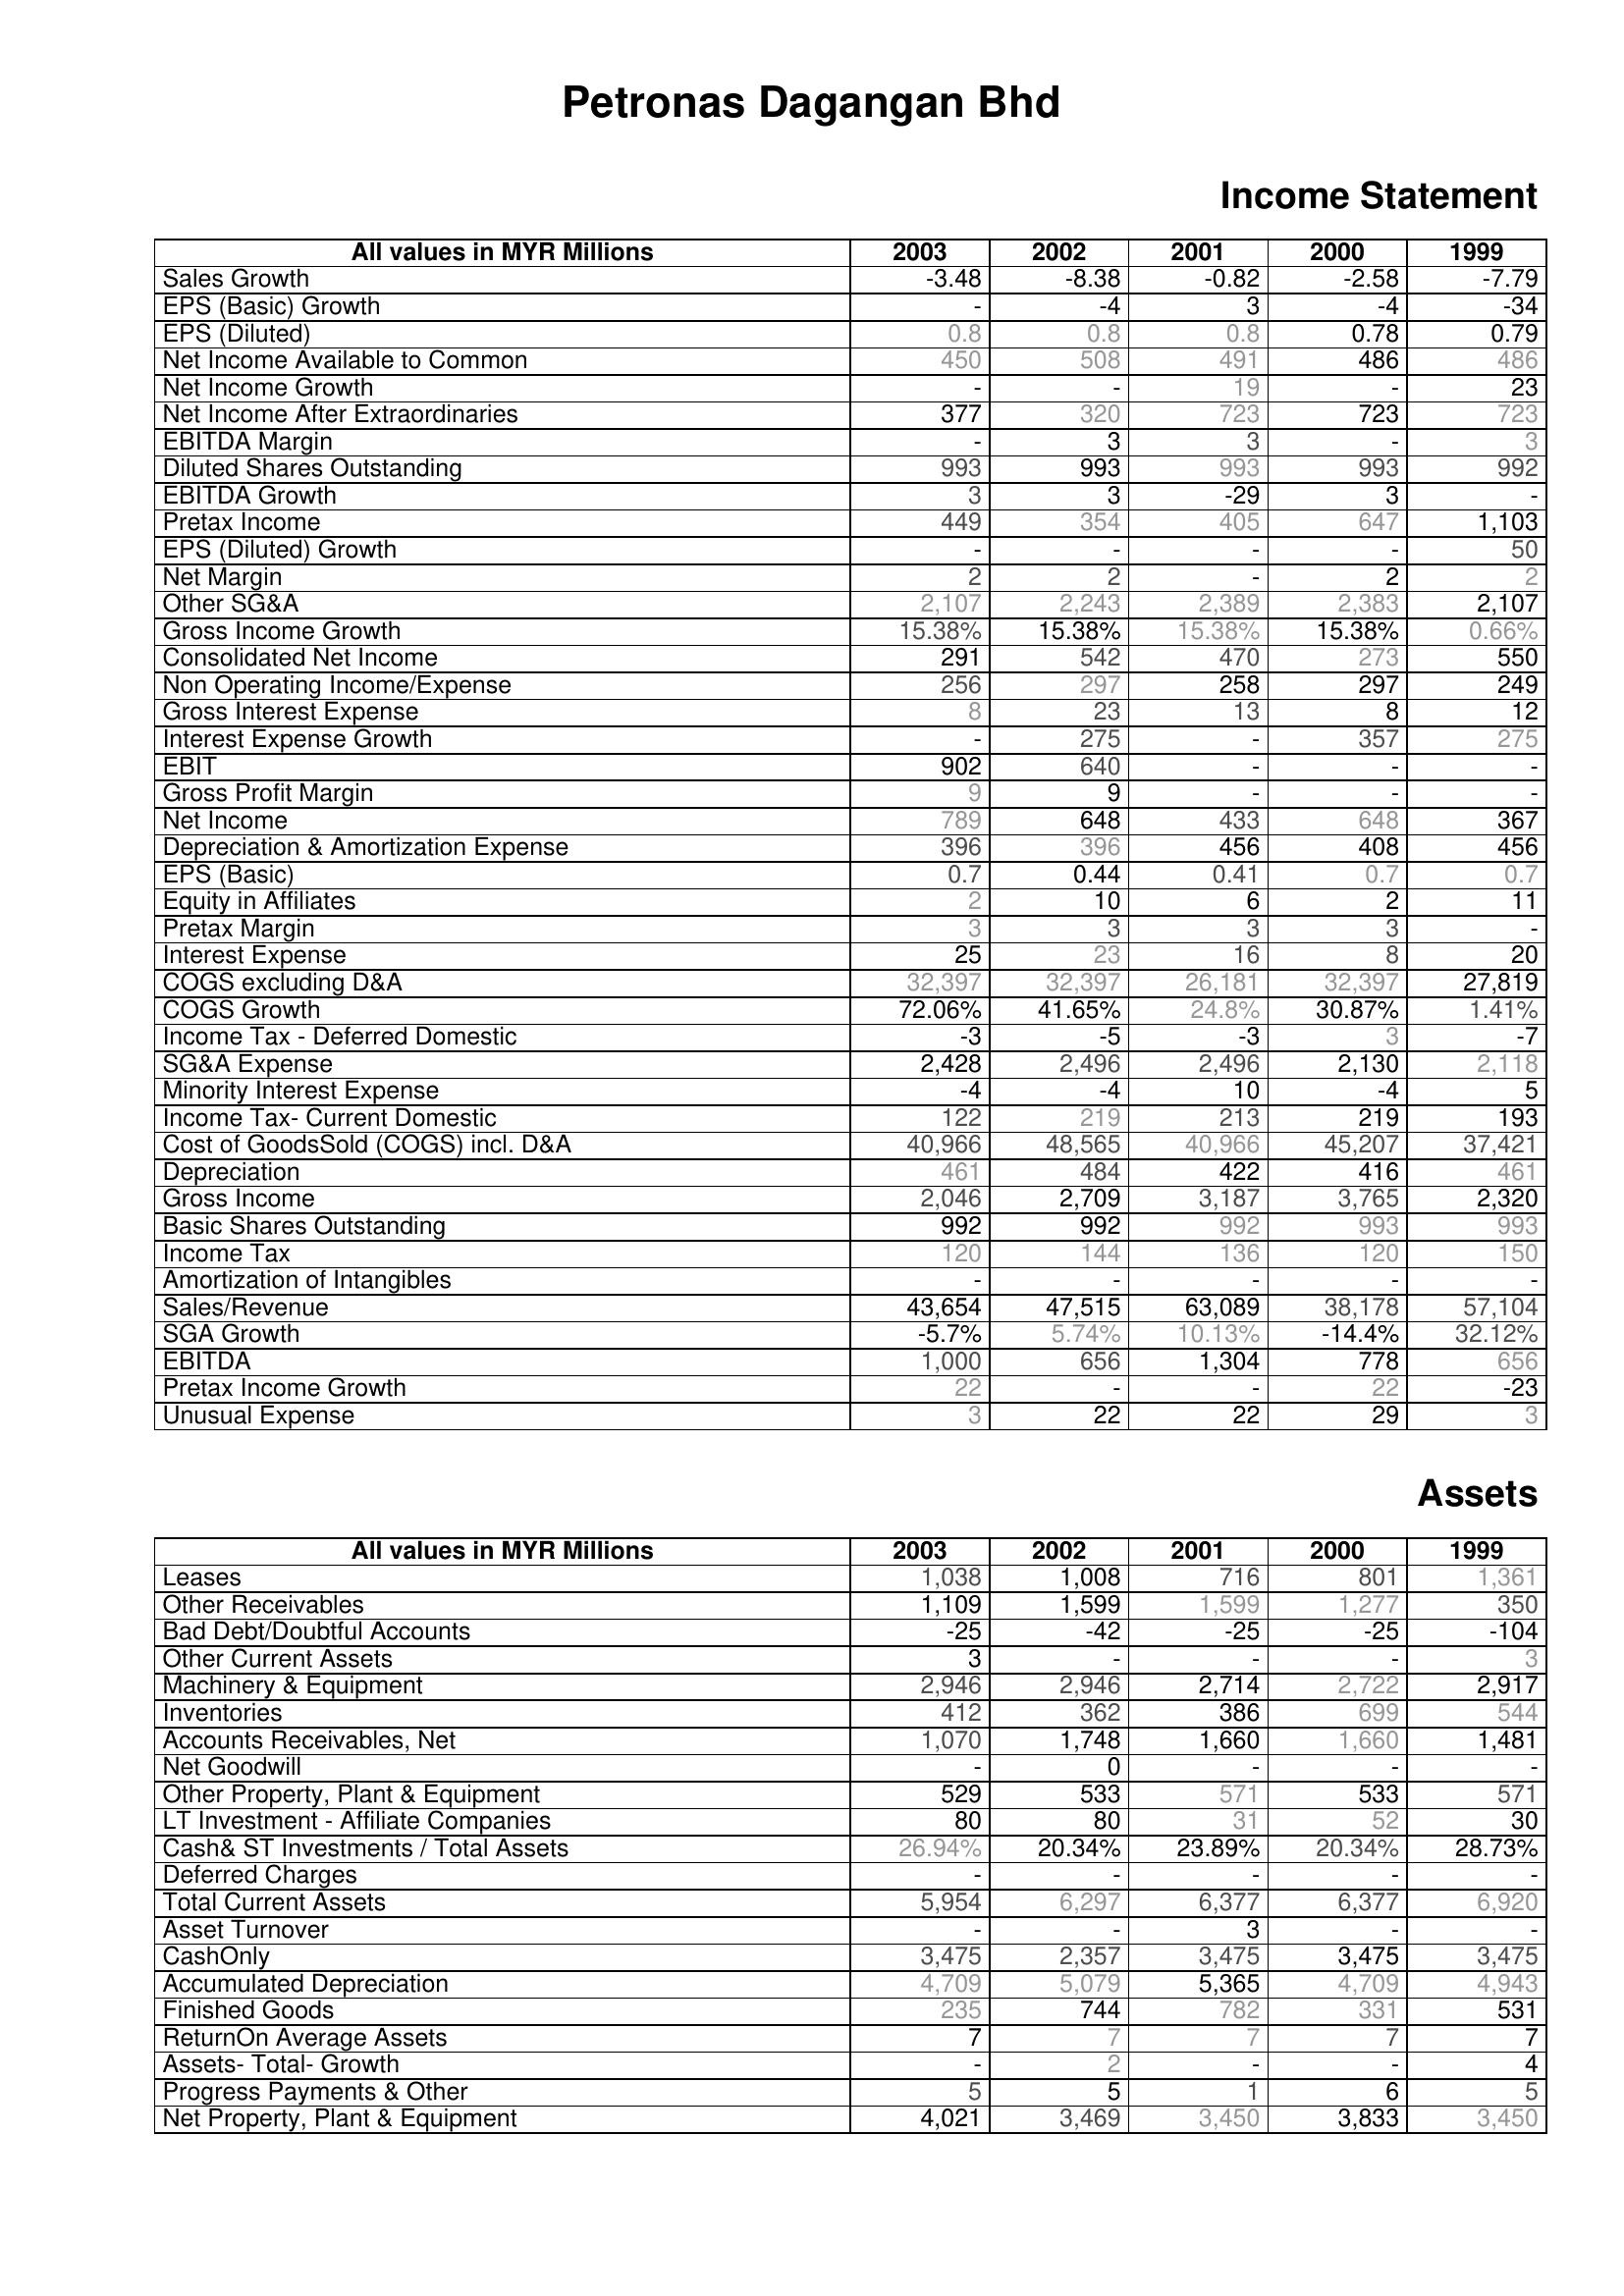
2003: Income Statement: Sales Growth: -3.48
EPS (Basic) Growth: -
EPS (Diluted): 0.8
Net Income Available to Common: 450
Net Income Growth: -
Net Income After Extraordinaries: 377
EBITDA Margin: -
Diluted Shares Outstanding: 993
EBITDA Growth: 3
Pretax Income: 449
EPS (Diluted) Growth: -
Net Margin: 2
Other SG&A: 2,107
Gross Income Growth: 15.38%
Consolidated Net Income: 291
Non Operating Income/Expense: 256
Gross Interest Expense: 8
Interest Expense Growth: -
EBIT: 902
Gross Profit Margin: 9
Net Income: 789
Depreciation & Amortization Expense: 396
EPS (Basic): 0.7
Equity in Affiliates: 2
Pretax Margin: 3
Interest Expense: 25
COGS excluding D&A: 32,397
COGS Growth: 72.06%
Income Tax - Deferred Domestic: -3
SG&A Expense: 2,428
Minority Interest Expense: -4
Income Tax- Current Domestic: 122
Cost of GoodsSold (COGS) incl. D&A: 40,966
Depreciation: 461
Gross Income: 2,046
Basic Shares Outstanding: 992
Income Tax: 120
Amortization of Intangibles: -
Sales/Revenue: 43,654
SGA Growth: -5.7%
EBITDA: 1,000
Pretax Income Growth: 22
Unusual Expense: 3
Assets: Leases: 1,038
Other Receivables: 1,109
Bad Debt/Doubtful Accounts: -25
Other Current Assets: 3
Machinery & Equipment: 2,946
Inventories: 412
Accounts Receivables, Net: 1,070
Net Goodwill: -
Other Property, Plant & Equipment: 529
LT Investment - Affiliate Companies: 80
Cash& ST Investments / Total Assets: 26.94%
Deferred Charges: -
Total Current Assets: 5,954
Asset Turnover: -
CashOnly: 3,475
Accumulated Depreciation: 4,709
Finished Goods: 235
ReturnOn Average Assets: 7
Assets- Total- Growth: -
Progress Payments & Other: 5
Net Property, Plant & Equipment: 4,021
2002: Income Statement: Sales Growth: -8.38
EPS (Basic) Growth: -4
EPS (Diluted): 0.8
Net Income Available to Common: 508
Net Income Growth: -
Net Income After Extraordinaries: 320
EBITDA Margin: 3
Diluted Shares Outstanding: 993
EBITDA Growth: 3
Pretax Income: 354
EPS (Diluted) Growth: -
Net Margin: 2
Other SG&A: 2,243
Gross Income Growth: 15.38%
Consolidated Net Income: 542
Non Operating Income/Expense: 297
Gross Interest Expense: 23
Interest Expense Growth: 275
EBIT: 640
Gross Profit Margin: 9
Net Income: 648
Depreciation & Amortization Expense: 396
EPS (Basic): 0.44
Equity in Affiliates: 10
Pretax Margin: 3
Interest Expense: 23
COGS excluding D&A: 32,397
COGS Growth: 41.65%
Income Tax - Deferred Domestic: -5
SG&A Expense: 2,496
Minority Interest Expense: -4
Income Tax- Current Domestic: 219
Cost of GoodsSold (COGS) incl. D&A: 48,565
Depreciation: 484
Gross Income: 2,709
Basic Shares Outstanding: 992
Income Tax: 144
Amortization of Intangibles: -
Sales/Revenue: 47,515
SGA Growth: 5.74%
EBITDA: 656
Pretax Income Growth: -
Unusual Expense: 22
Assets: Leases: 1,008
Other Receivables: 1,599
Bad Debt/Doubtful Accounts: -42
Other Current Assets: -
Machinery & Equipment: 2,946
Inventories: 362
Accounts Receivables, Net: 1,748
Net Goodwill: 0
Other Property, Plant & Equipment: 533
LT Investment - Affiliate Companies: 80
Cash& ST Investments / Total Assets: 20.34%
Deferred Charges: -
Total Current Assets: 6,297
Asset Turnover: -
CashOnly: 2,357
Accumulated Depreciation: 5,079
Finished Goods: 744
ReturnOn Average Assets: 7
Assets- Total- Growth: 2
Progress Payments & Other: 5
Net Property, Plant & Equipment: 3,469
2001: Income Statement: Sales Growth: -0.82
EPS (Basic) Growth: 3
EPS (Diluted): 0.8
Net Income Available to Common: 491
Net Income Growth: 19
Net Income After Extraordinaries: 723
EBITDA Margin: 3
Diluted Shares Outstanding: 993
EBITDA Growth: -29
Pretax Income: 405
EPS (Diluted) Growth: -
Net Margin: -
Other SG&A: 2,389
Gross Income Growth: 15.38%
Consolidated Net Income: 470
Non Operating Income/Expense: 258
Gross Interest Expense: 13
Interest Expense Growth: -
EBIT: -
Gross Profit Margin: -
Net Income: 433
Depreciation & Amortization Expense: 456
EPS (Basic): 0.41
Equity in Affiliates: 6
Pretax Margin: 3
Interest Expense: 16
COGS excluding D&A: 26,181
COGS Growth: 24.8%
Income Tax - Deferred Domestic: -3
SG&A Expense: 2,496
Minority Interest Expense: 10
Income Tax- Current Domestic: 213
Cost of GoodsSold (COGS) incl. D&A: 40,966
Depreciation: 422
Gross Income: 3,187
Basic Shares Outstanding: 992
Income Tax: 136
Amortization of Intangibles: -
Sales/Revenue: 63,089
SGA Growth: 10.13%
EBITDA: 1,304
Pretax Income Growth: -
Unusual Expense: 22
Assets: Leases: 716
Other Receivables: 1,599
Bad Debt/Doubtful Accounts: -25
Other Current Assets: -
Machinery & Equipment: 2,714
Inventories: 386
Accounts Receivables, Net: 1,660
Net Goodwill: -
Other Property, Plant & Equipment: 571
LT Investment - Affiliate Companies: 31
Cash& ST Investments / Total Assets: 23.89%
Deferred Charges: -
Total Current Assets: 6,377
Asset Turnover: 3
CashOnly: 3,475
Accumulated Depreciation: 5,365
Finished Goods: 782
ReturnOn Average Assets: 7
Assets- Total- Growth: -
Progress Payments & Other: 1
Net Property, Plant & Equipment: 3,450
2000: Income Statement: Sales Growth: -2.58
EPS (Basic) Growth: -4
EPS (Diluted): 0.78
Net Income Available to Common: 486
Net Income Growth: -
Net Income After Extraordinaries: 723
EBITDA Margin: -
Diluted Shares Outstanding: 993
EBITDA Growth: 3
Pretax Income: 647
EPS (Diluted) Growth: -
Net Margin: 2
Other SG&A: 2,383
Gross Income Growth: 15.38%
Consolidated Net Income: 273
Non Operating Income/Expense: 297
Gross Interest Expense: 8
Interest Expense Growth: 357
EBIT: -
Gross Profit Margin: -
Net Income: 648
Depreciation & Amortization Expense: 408
EPS (Basic): 0.7
Equity in Affiliates: 2
Pretax Margin: 3
Interest Expense: 8
COGS excluding D&A: 32,397
COGS Growth: 30.87%
Income Tax - Deferred Domestic: 3
SG&A Expense: 2,130
Minority Interest Expense: -4
Income Tax- Current Domestic: 219
Cost of GoodsSold (COGS) incl. D&A: 45,207
Depreciation: 416
Gross Income: 3,765
Basic Shares Outstanding: 993
Income Tax: 120
Amortization of Intangibles: -
Sales/Revenue: 38,178
SGA Growth: -14.4%
EBITDA: 778
Pretax Income Growth: 22
Unusual Expense: 29
Assets: Leases: 801
Other Receivables: 1,277
Bad Debt/Doubtful Accounts: -25
Other Current Assets: -
Machinery & Equipment: 2,722
Inventories: 699
Accounts Receivables, Net: 1,660
Net Goodwill: -
Other Property, Plant & Equipment: 533
LT Investment - Affiliate Companies: 52
Cash& ST Investments / Total Assets: 20.34%
Deferred Charges: -
Total Current Assets: 6,377
Asset Turnover: -
CashOnly: 3,475
Accumulated Depreciation: 4,709
Finished Goods: 331
ReturnOn Average Assets: 7
Assets- Total- Growth: -
Progress Payments & Other: 6
Net Property, Plant & Equipment: 3,833
1999: Income Statement: Sales Growth: -7.79
EPS (Basic) Growth: -34
EPS (Diluted): 0.79
Net Income Available to Common: 486
Net Income Growth: 23
Net Income After Extraordinaries: 723
EBITDA Margin: 3
Diluted Shares Outstanding: 992
EBITDA Growth: -
Pretax Income: 1,103
EPS (Diluted) Growth: 50
Net Margin: 2
Other SG&A: 2,107
Gross Income Growth: 0.66%
Consolidated Net Income: 550
Non Operating Income/Expense: 249
Gross Interest Expense: 12
Interest Expense Growth: 275
EBIT: -
Gross Profit Margin: -
Net Income: 367
Depreciation & Amortization Expense: 456
EPS (Basic): 0.7
Equity in Affiliates: 11
Pretax Margin: -
Interest Expense: 20
COGS excluding D&A: 27,819
COGS Growth: 1.41%
Income Tax - Deferred Domestic: -7
SG&A Expense: 2,118
Minority Interest Expense: 5
Income Tax- Current Domestic: 193
Cost of GoodsSold (COGS) incl. D&A: 37,421
Depreciation: 461
Gross Income: 2,320
Basic Shares Outstanding: 993
Income Tax: 150
Amortization of Intangibles: -
Sales/Revenue: 57,104
SGA Growth: 32.12%
EBITDA: 656
Pretax Income Growth: -23
Unusual Expense: 3
Assets: Leases: 1,361
Other Receivables: 350
Bad Debt/Doubtful Accounts: -104
Other Current Assets: 3
Machinery & Equipment: 2,917
Inventories: 544
Accounts Receivables, Net: 1,481
Net Goodwill: -
Other Property, Plant & Equipment: 571
LT Investment - Affiliate Companies: 30
Cash& ST Investments / Total Assets: 28.73%
Deferred Charges: -
Total Current Assets: 6,920
Asset Turnover: -
CashOnly: 3,475
Accumulated Depreciation: 4,943
Finished Goods: 531
ReturnOn Average Assets: 7
Assets- Total- Growth: 4
Progress Payments & Other: 5
Net Property, Plant & Equipment: 3,450